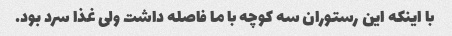
با اینکه این رستوران سه کوچه با ما فاصله داشت ولی غذا سرد بود.